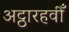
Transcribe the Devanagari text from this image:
अट्ठारहवीँ